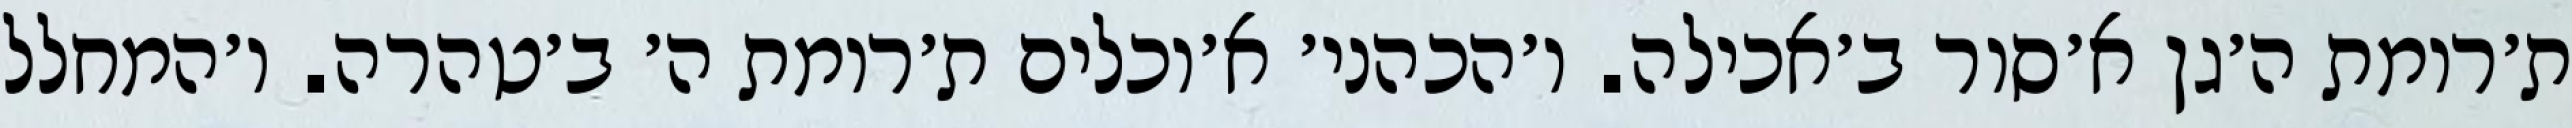
ת׳רומת ה׳גן א׳סור ב׳אכילה. ו׳הכהני׳ א׳וכלים ת׳רומת ה׳ ב׳טהרה. ו׳המחלל